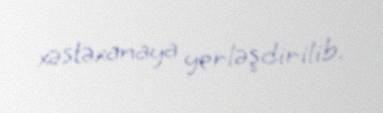
xəstəxanaya yerləşdirilib.